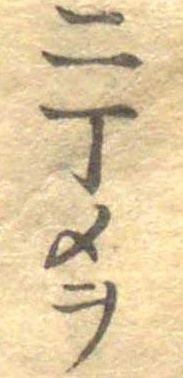
二丁メヲ